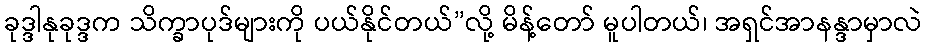
ခုဒ္ဒါနုခုဒ္ဒက သိက္ခာပုဒ်များကို ပယ်နိုင်တယ်”လို့ မိန့်တော် မူပါတယ်၊ အရှင်အာနန္ဒာမှာလဲ